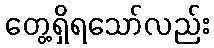
တွေ့ရှိရသော်လည်း